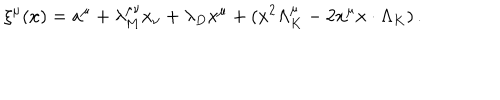
LaTeX: \xi ^ { \mu } ( x ) = a ^ { \mu } + \lambda _ { M } ^ { \mu \nu } x _ { \nu } + \lambda _ { D } x ^ { \mu } + ( x ^ { 2 } \Lambda _ { K } ^ { \mu } - 2 x ^ { \mu } x \cdot \Lambda _ { K } ) \, .